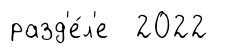
разд'е́л'е 2022